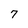
Character: 7